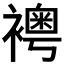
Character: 𧞄